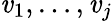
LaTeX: \mathit{v}_{1},\dotsc,\mathit{v}_{j}